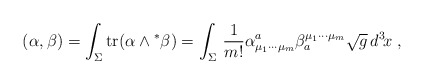
\begin{align*} (\alpha , \beta) = \int_{\Sigma}^{} {\rm tr}(\alpha \wedge {}^\ast \beta) = \int_{\Sigma}^{}\, \frac{1}{m!}\alpha^a_{\mu_1\cdots\mu_m} \beta_a^{\mu_1\cdots\mu_m}\sqrt{g}\,d^3\! x \;,\end{align*}